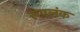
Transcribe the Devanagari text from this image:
रूपलंक